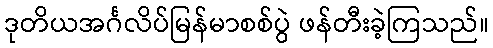
ဒုတိယအင်္ဂလိပ်မြန်မာစစ်ပွဲ ဖန်တီးခဲ့ကြသည်။